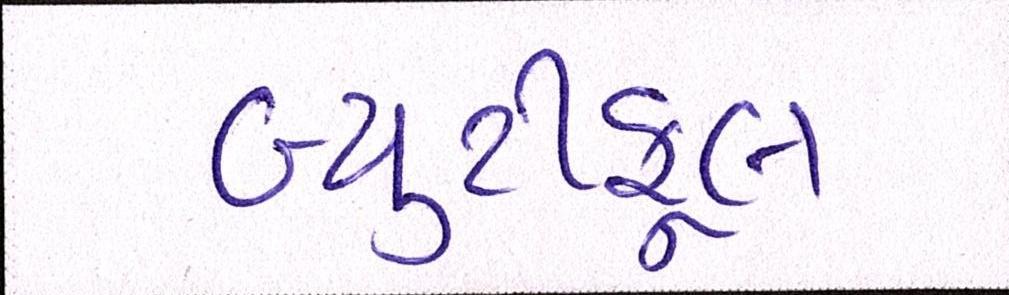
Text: બ્યુટીફૂલ